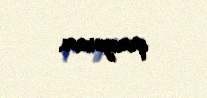
qınayıram.